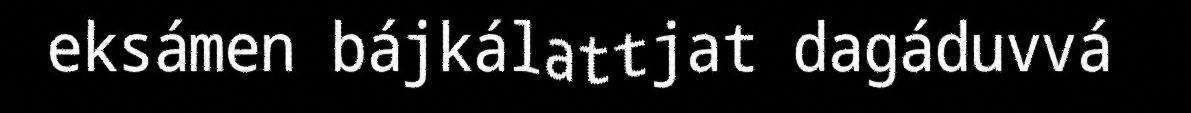
eksámen bájkálattjat dagáduvvá